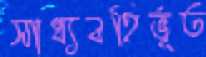
সাধ্যবহির্ভূত